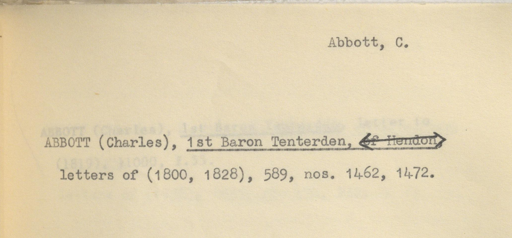
Label: content